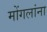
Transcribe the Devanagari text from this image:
मोंगलांना